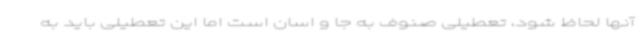
آنها لحاظ شود، تعطیلی صنوف به جا و اسان است اما این تعطیلی باید به